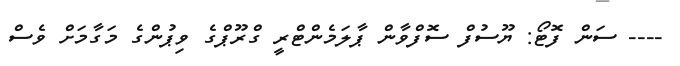
---- ސަން ފޮޓޯ: ޔޫސުފް ސޮފްވާން ޕާލަމެންޓްރީ ގްރޫޕްގެ ވިޕުންގެ މަގާމަށް ވެސް